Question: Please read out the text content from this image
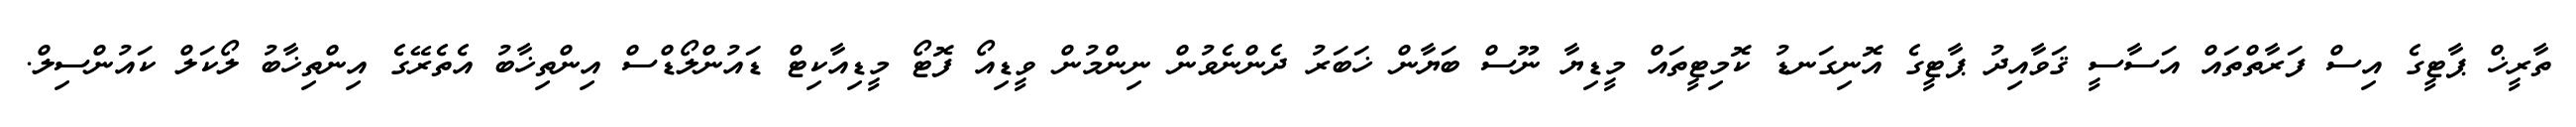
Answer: ތާރީޚް ޕާޓީގެ އިސް ފަރާތްތައް އަސާސީ ޤަވާއިދު ޕާޓީގެ އޮނިގަނޑު ކޮމިޓީތައް މީޑިޔާ ނޫސް ބަޔާން ޚަބަރު ދެންނެވުން ނިންމުން ވީޑިއޯ ފޮޓޯ މީޑިއާކިޓް ޑައުންލޯޑްސް އިންތިޚާބު އެތެރޭގެ އިންތިޚާބު ލޯކަލް ކައުންސިލް.